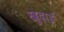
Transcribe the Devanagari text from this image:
खु़दाई